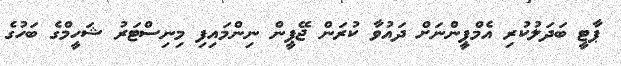
ޕާޓީ ބަދަލުކުރި އެމްޕީންނަށް ދައުވާ ކުރަން ޖޭޕީން ނިންމައިފި މިނިސްޓަރު ޝަހީމްގެ ބަހުގެ